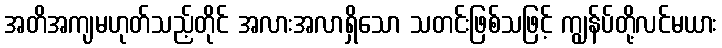
အတိအကျမဟုတ်သည့်တိုင် အလားအလာရှိသော သတင်းဖြစ်သဖြင့် ကျွန်ပ်တို့လင်မယား